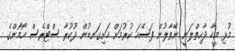
މުޅި މީހާ ދާހިތްލަނީ ނޭވާލުން ފަސޭހަ ކުރުމަށް ހަށިގަނޑުން ދޫކުރާ ސްޓްރެސް ހޯމޯންގެ